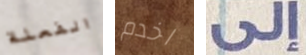
الفعلة اخدم إلى